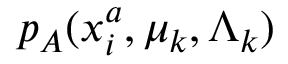
p _ { A } ( x _ { i } ^ { a } , \mu _ { k } , \Lambda _ { k } )